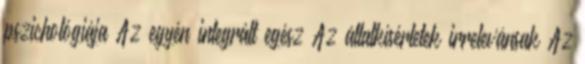
pszichológiája Az egyén integrált egész Az állatkísérletek irrelevánsak Az